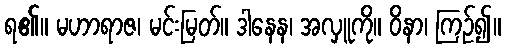
ရ၏။ မဟာရာဇ၊ မင်းမြတ်။ ဒါနေန၊ အလှူကို။ ဝိနာ၊ ကြဉ်၍။